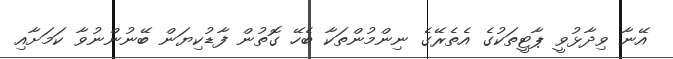
އޭނާ ވިދާޅުވީ ޕާޓީތަކުގެ އެތެރޭގެ ނިންމުންތަކާ ބެހޭ ގޮތުން ފާޑުކިޔަން ބޭނުންނުވާ ކަމަށާއި